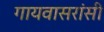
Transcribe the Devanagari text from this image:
गायवासरांसी